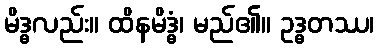
မိဒ္ဓလည်း။ ထိနမိဒ္ဓံ၊ မည်၏။ ဥဒ္ဓတဿ၊